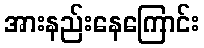
အားနည်းနေကြောင်း